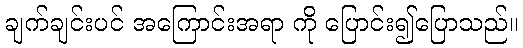
ချက်ချင်းပင် အကြောင်းအရာ ကို ပြောင်း၍ပြောသည်။